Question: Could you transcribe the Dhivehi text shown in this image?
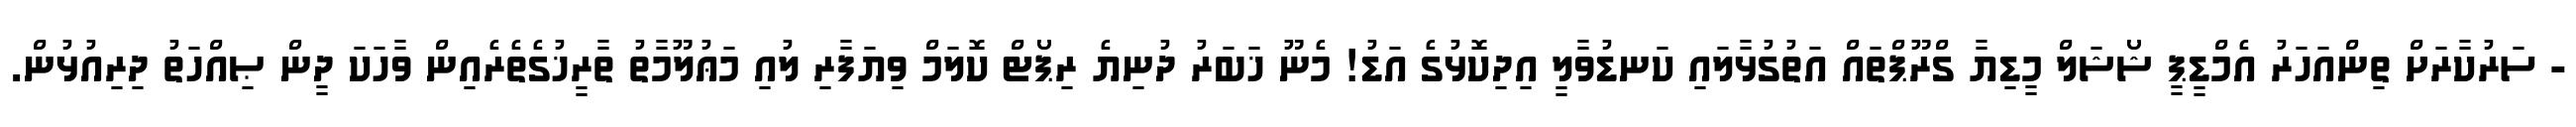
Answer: - ސަރުކާރަށް ތިންއަހަރު އެމްޑީޕީ ޝޯޝަލް މީޑިޔާ ގްރޫޕްތައް އަތުގުޅާލައި ކަނޑުވާލީ އިދިކޮޅުގެ އަޑު! މެނޫ ޚަބަރު ދުނިޔެ ރިޕޯޓް ކޮލަމް ވިޔަފާރި ލުއި މަޢުލޫމާތު ތާރީޚުގެތެރެއިން ވާހަކަ ދީން ޞިއްހަތު ދިރިއުޅުން.